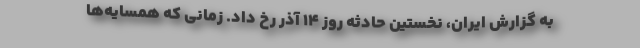
به گزارش ایران، نخستین حادثه روز ۱۴ آذر رخ داد. زمانی که همسایه‌ها